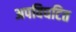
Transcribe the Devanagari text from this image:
अपविघटित